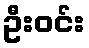
ဦးဝင်း